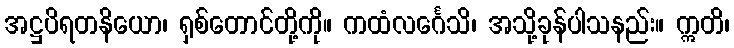
အဋ္ဌပိရတနိယော၊ ရှစ်တောင်တို့ကို။ ကထံလင်္ဂေသိ၊ အသို့ခုန်ပါသနည်း။ ဣတိ၊